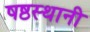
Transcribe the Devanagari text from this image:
षष्ठस्थानी